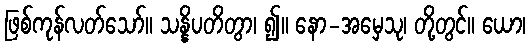
ဖြစ်ကုန်လတ်သော်။ သန္နိပတိတွာ၊ ၍။ နော-အမှေသု၊ တို့တွင်။ ယော၊